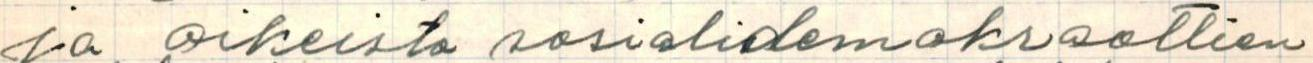
ja oikeisto sosialidemokraattien